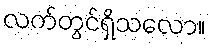
လက်တွင်ရှိသလော။